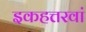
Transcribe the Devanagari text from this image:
इकहत्तरवां